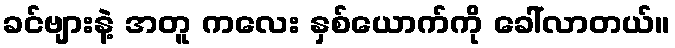
ခင်ဗျားနဲ့ အတူ ကလေး နှစ်ယောက်ကို ခေါ်လာတယ်။